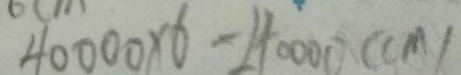
4 0 0 0 0 \times 6 - 2 4 0 0 0 0 ( c m )